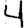
Digit: 4